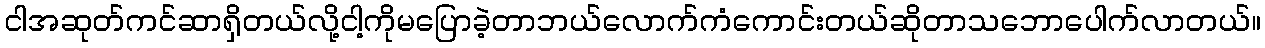
ငါအဆုတ်ကင်ဆာရှိတယ်လို့ငါ့ကိုမပြောခဲ့တာဘယ်လောက်ကံကောင်းတယ်ဆိုတာသဘောပေါက်လာတယ်။